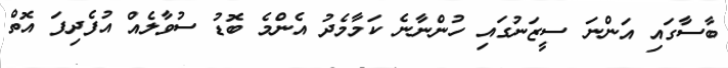
ބާސާގައި އަންނަ ސީޒަނުގައި ހުންނާނެ ކަމާމެދު އެންމެ ބޮޑު ސުވާލެއް އުފެދިފަ އޮތް